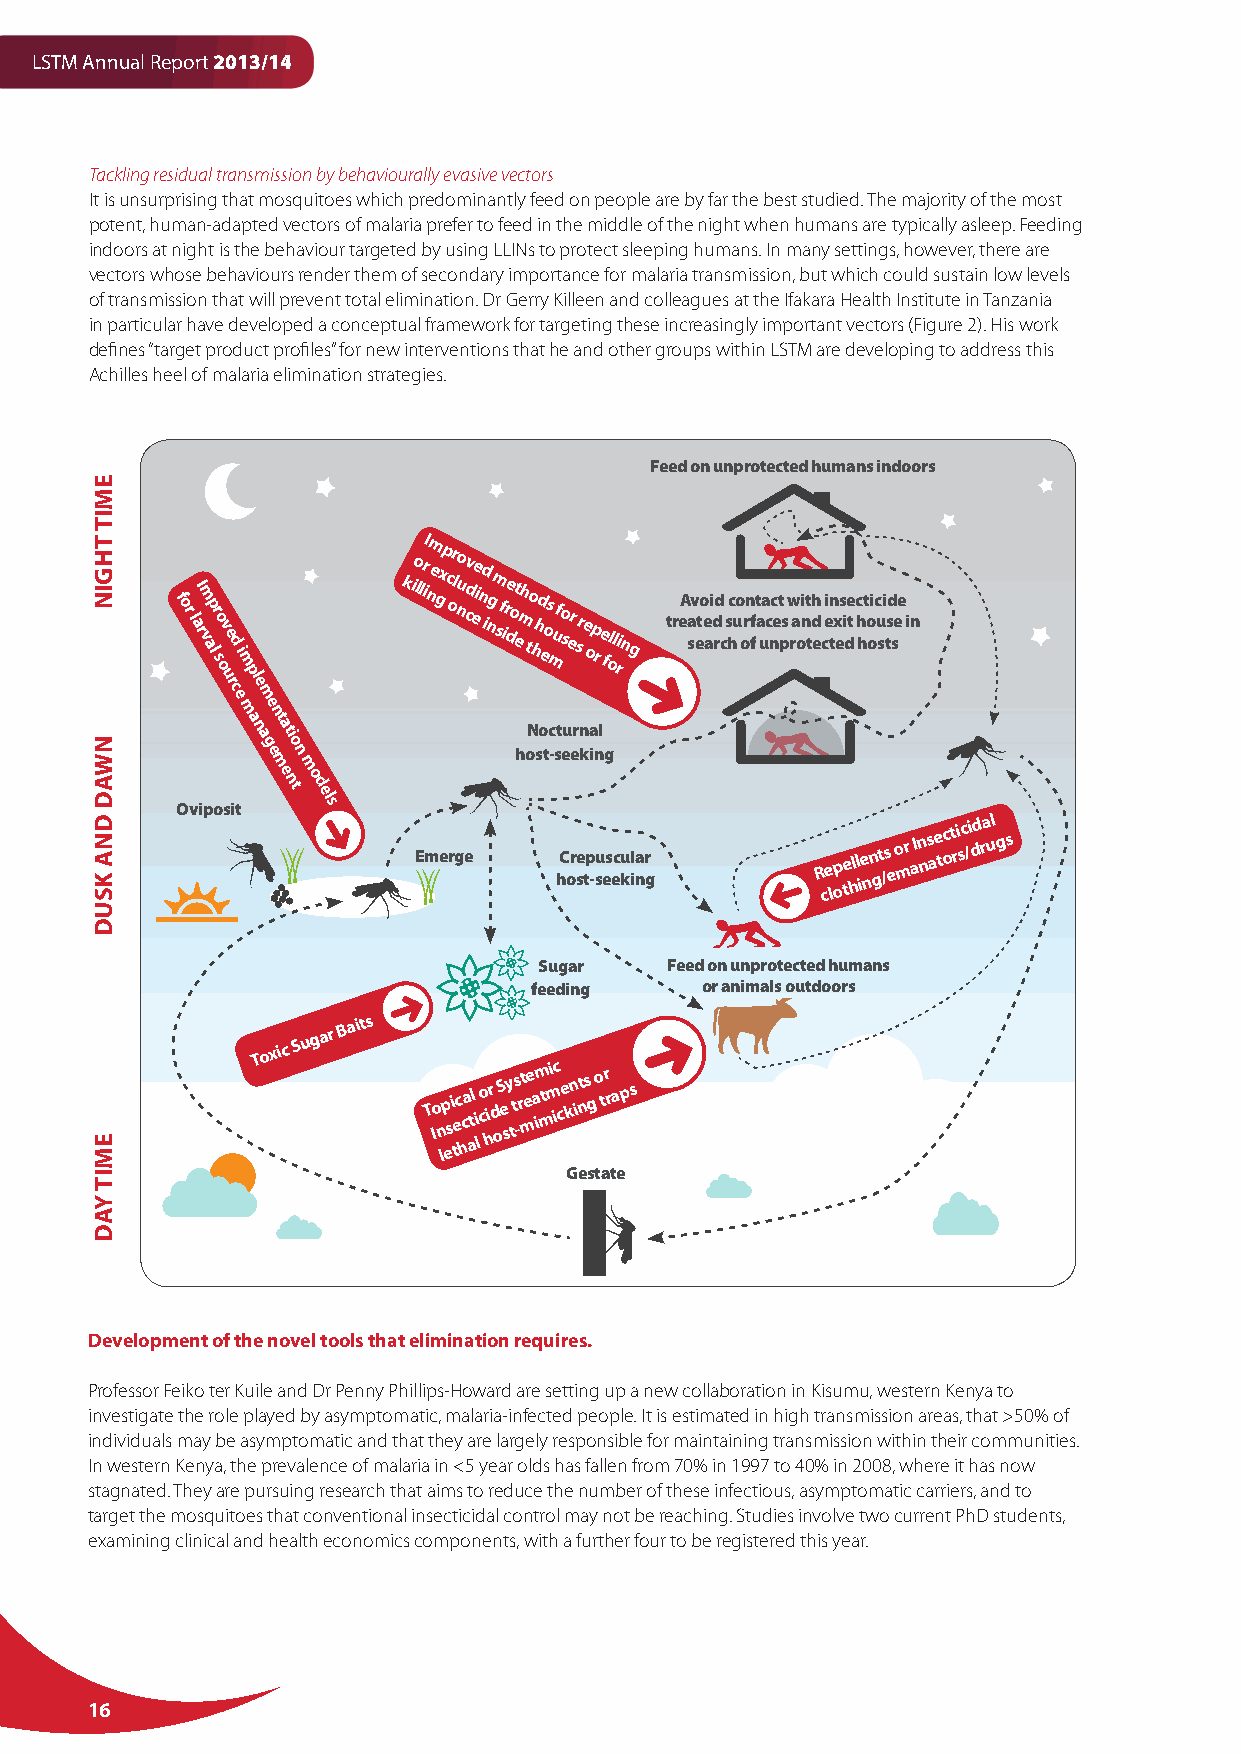
LSTM Annual Report 2013/14
 Tackling residual transmission by behaviourally evasive vectors
 It is unsurprising that mosquitoes which predominantly feed on people are by far the best studied. The majority of the most
 potent, human-adapted vectors of malaria prefer to feed in the middle of the night when humans are typically asleep. Feeding
 indoors at night is the behaviour targeted by using LLINs to protect sleeping humans. In many settings, however, there are
 vectors whose behaviours render them of secondary importance for malaria transmission, but which could sustain low levels
 of transmission that will prevent total elimination. Dr Gerry Killeen and colleagues at the Ifakara Health Institute in Tanzania
 in particular have developed a conceptual framework for targeting these increasingly important vectors (Figure 2). His work
 defines “target product profiles” for new interventions that he and other groups within LSTM are developing to address this
 Achilles heel of malaria elimination strategies.
 Feed on unprotected humans indoors
 I
 f or l arI m v ap l r so ov ue rd
 c e
 i m
 mp al
 e m
 e
 nt
 kio llr
 in
 m e gxp
 c
 or
 l
 no
 u
 cv
 d
 ee
 in
 d
 ing m s f ir de ot emh to h hd eos mu fo ser sr e op r e foll rin g treA sav eto e ai d rd c s hc uo orn f ft a ua c nc et ps w ra oi nt tdh ec ei tn x es i dte c h ht o oic u si tsd see i n
 n aati             Nocturnal
 g eo n           host-seeking
 mm
 e nto
 d
 el
 Oviposit s
 Emerge    hC or se tp -su es ec ku il nar g R ce lp ote hll ie nn gt /s e o mr aIn ns ae toct ri sc /i dd ra ul gs
 Sugar   Feed on unprotected humans
 feeding    or animals outdoors
 Toxic
 Sugar
 Baits
 T Io
 n
 lp esi tec hca atl i
 l
 o c hir d oS e sy tts -r mt ee a im mtmi ic c e kn ints g o tr r aps
 Gestate
 Development of the novel tools that elimination requires.
 Professor Feiko ter Kuile and Dr Penny Phillips-Howard are setting up a new collaboration in Kisumu, western Kenya to
 investigate the role played by asymptomatic, malaria-infected people. It is estimated in high transmission areas, that >50% of
 individuals may be asymptomatic and that they are largely responsible for maintaining transmission within their communities.
 In western Kenya, the prevalence of malaria in <5 year olds has fallen from 70% in 1997 to 40% in 2008, where it has now
 stagnated. They are pursuing research that aims to reduce the number of these infectious, asymptomatic carriers, and to
 target the mosquitoes that conventional insecticidal control may not be reaching. Studies involve two current PhD students,
 examining clinical and health economics components, with a further four to be registered this year.
 16
 EMIT
 THGIN
 NWAD
 DNA KSUD
 EMIT
 YAD